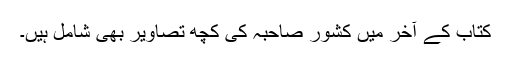
کتاب کے آخر میں کشور صاحبہ کی کچھ تصاویر بھی شامل ہیں۔